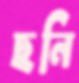
ছনি